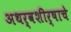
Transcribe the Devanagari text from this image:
अथर्वशीर्षाचे